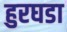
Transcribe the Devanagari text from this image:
हुरघडा